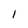
Character: l